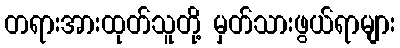
တရားအားထုတ်သူတို့ မှတ်သားဖွယ်ရာများ